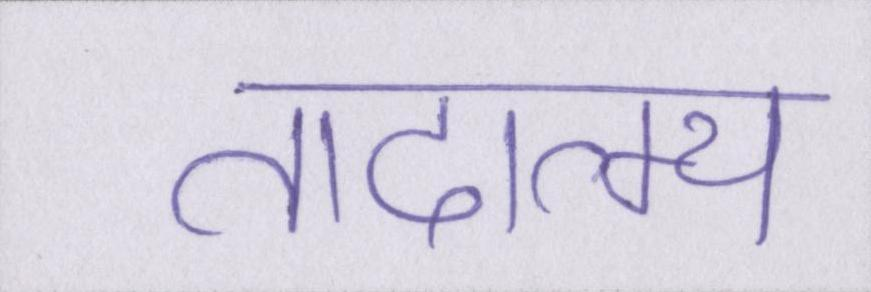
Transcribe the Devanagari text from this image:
तादात्म्य